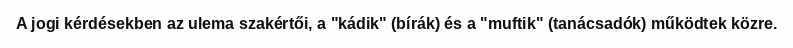
A jogi kérdésekben az ulema szakértői, a "kádik" (bírák) és a "muftik" (tanácsadók) működtek közre.